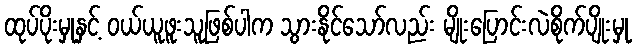
ထုပ်ပိုးမှုနှင့် ဝယ်ယူဖူးသူဖြစ်ပါက သွားနိုင်သော်လည်း မျိုးပြောင်းလဲစိုက်ပျိုးမှု